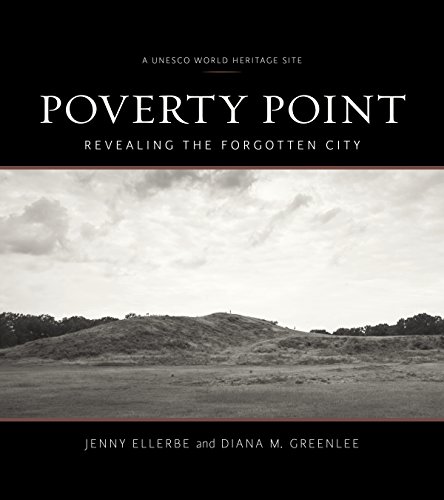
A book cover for Poverty Point: Revealing the Forgotten City; Jenny Ellerbe; Arts & Photography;